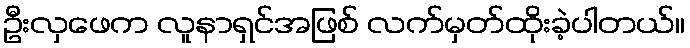
ဦးလှဖေက လူနာရှင်အဖြစ် လက်မှတ်ထိုးခဲ့ပါတယ်။